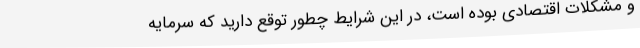
و مشکلات اقتصادی بوده است، در این شرایط چطور توقع دارید که سرمایه